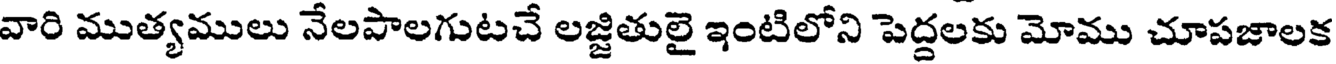
వారి ముత్యములు నేలపాలగుటచే లజ్జితులై ఇంటిలోని పెద్దలకు మోము చూపజాలక